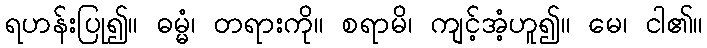
ရဟန်းပြု၍။ ဓမ္မံ၊ တရားကို။ စရာမိ၊ ကျင့်အံ့ဟူ၍။ မေ၊ ငါ၏။